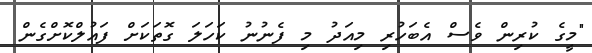
"މީގެ ކުރިން ވެސް އެބަހުރި މިއަދު މި ފެނުނު ކަހަލަ ގޮތަކަށް ފައުލްކޮށްގެން